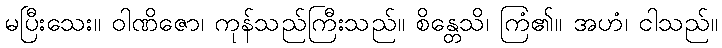
မပြီးသေး။ ဝါဏိဇော၊ ကုန်သည်ကြီးသည်။ စိန္တေသိ၊ ကြံ၏။ အဟံ၊ ငါသည်။